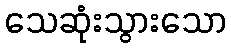
သေဆုံးသွားသော